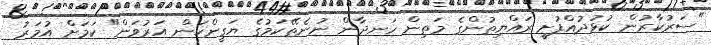
"ސަރުކާރުން ކުޅުދުއްފުށީ ރައްޔިތުންގެ މަތިން ހަނދާން ނުނެތޭކަމުގެ ޔަގީންކަން އަރުވަން" ކަމަށް އުމަރު